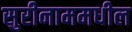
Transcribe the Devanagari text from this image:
सुरीनाममधील